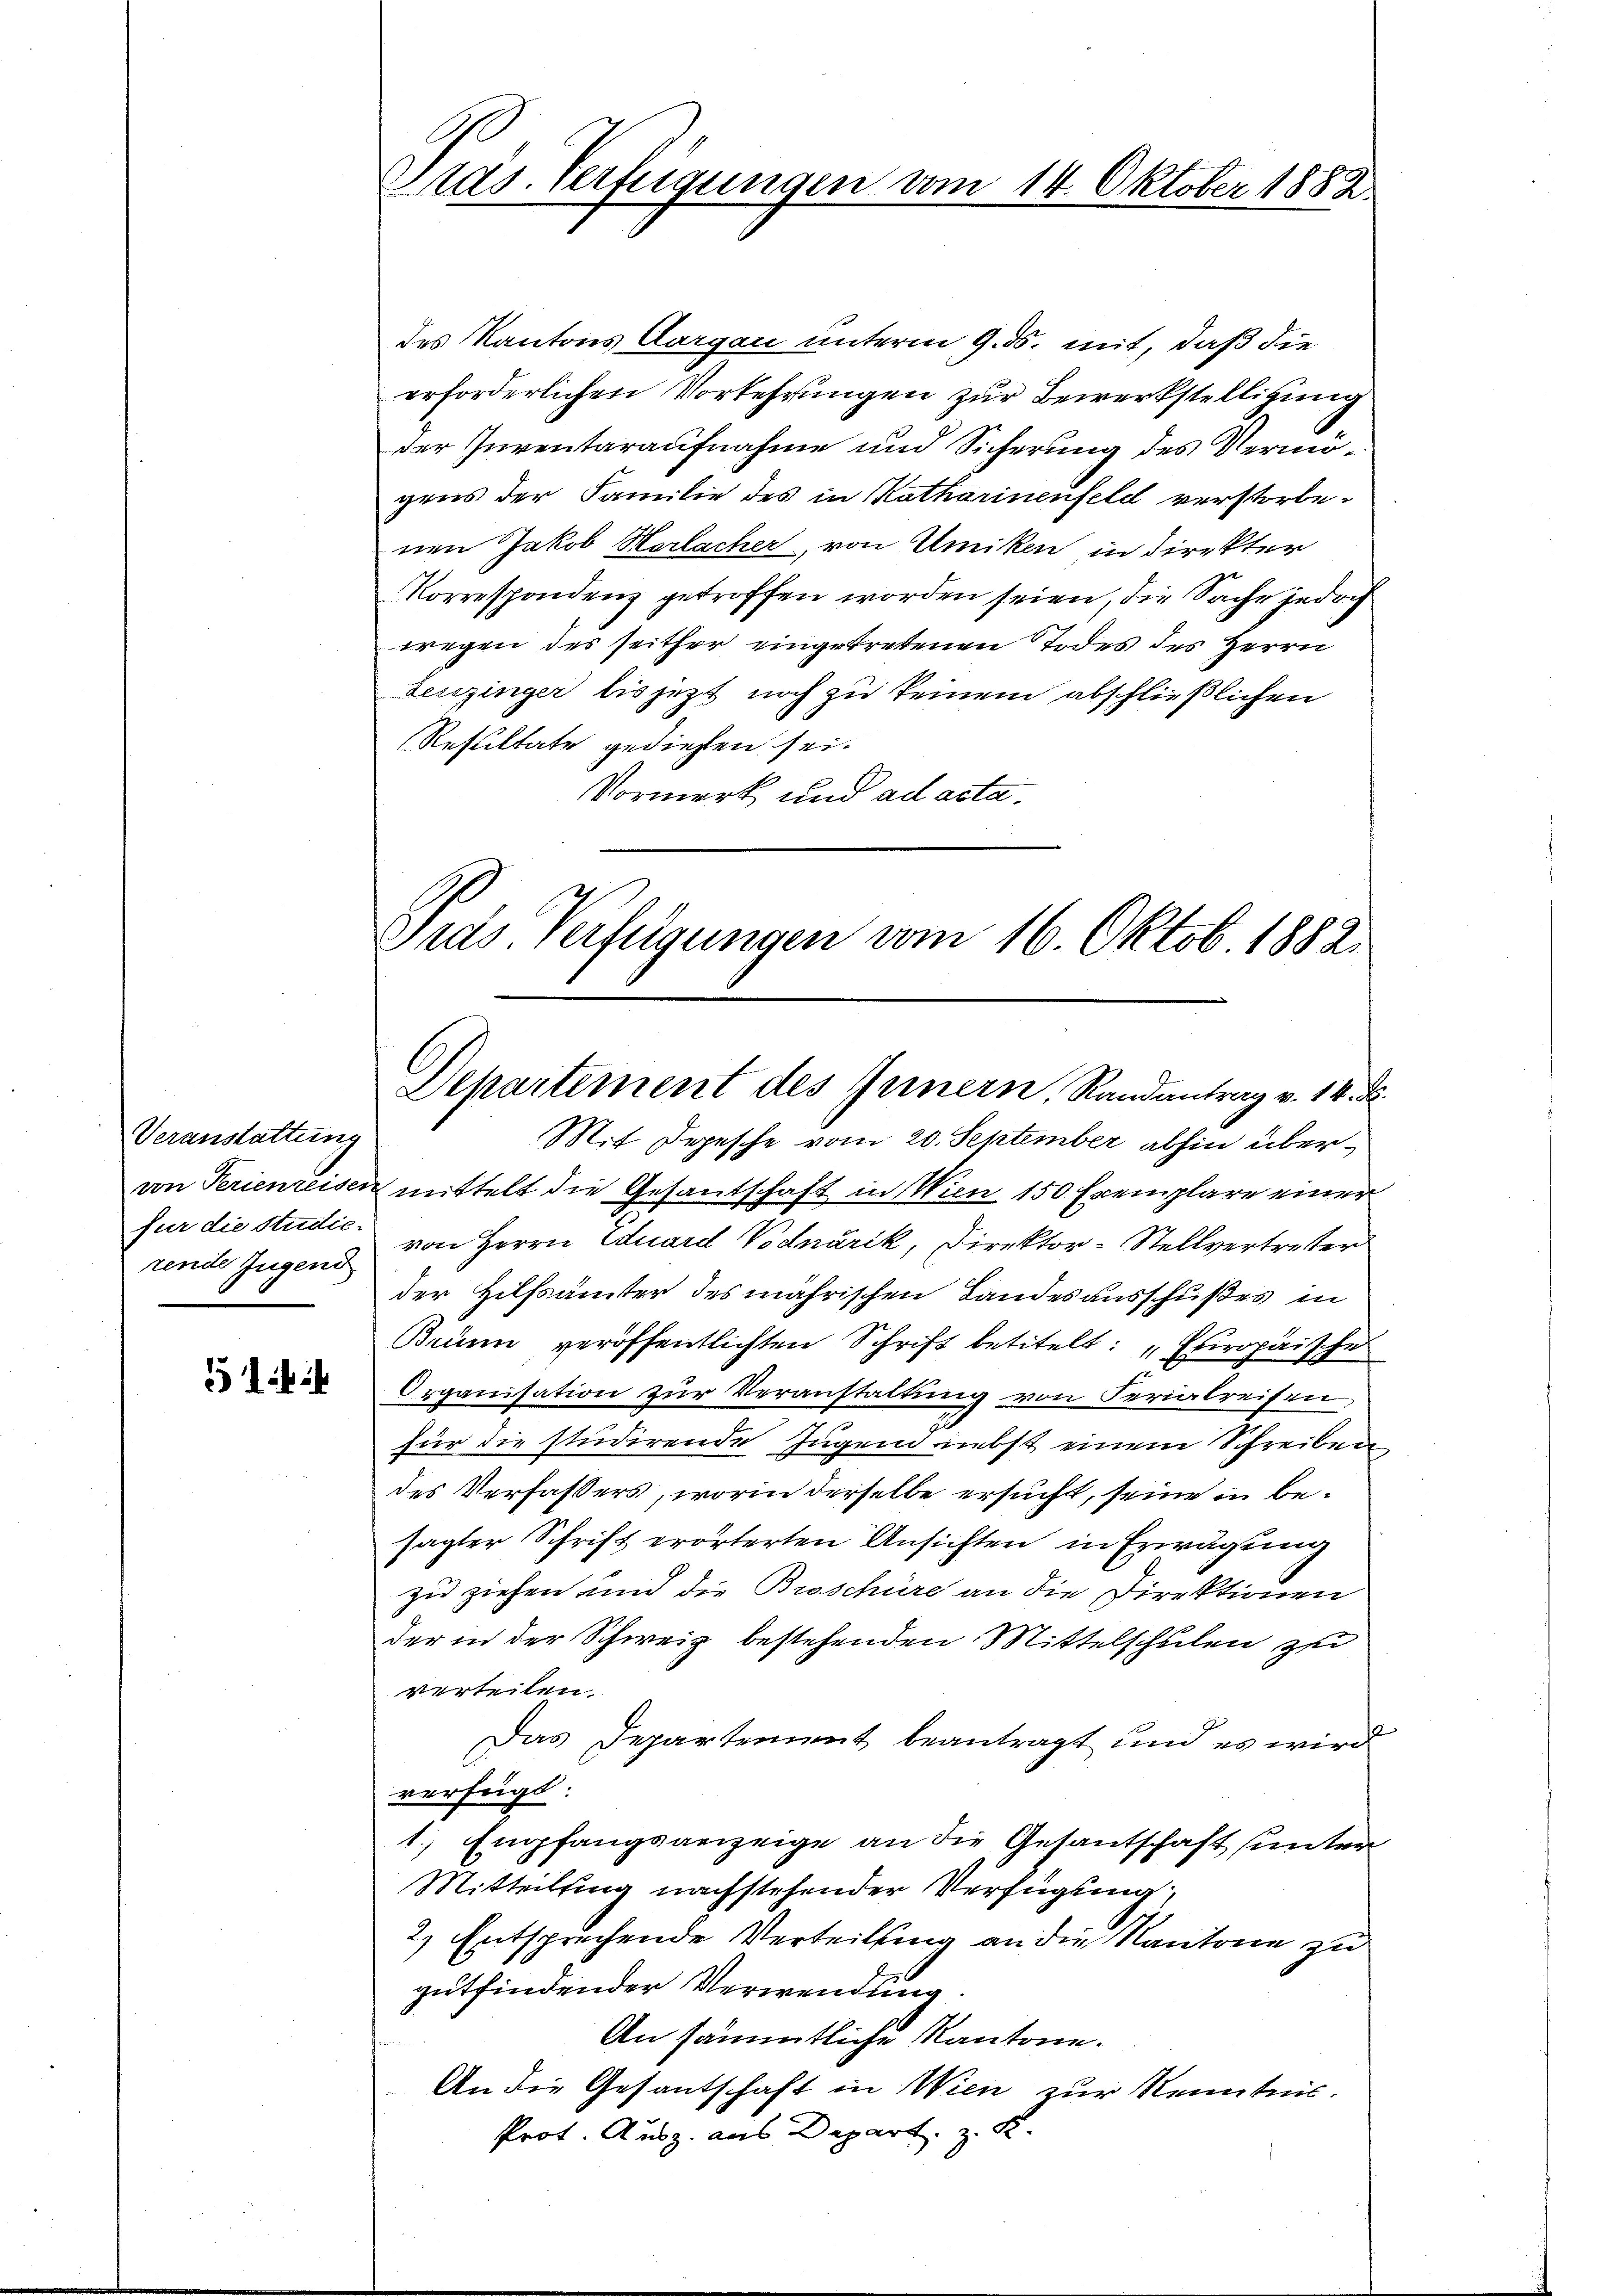
Veranstattung
für die Studie.
rende Jugend

5

Präs. Verfügungen vom 14. Oktober 1882

des Kantons Aargau unterm 9. ds. mit, daß die
erforderlichen Vorkehrungen zur Bewerkstelligung
der Juventaraufnahme und Sicherung des Vermögens der Familie des in Katharinenfeld verstorbenen Jakob Harlacher, von Umiken in direkter
Korrespondenz getroffen worden seien, die Sache jedoch
wegen des seither eingetretenen Todes des Herrn
Leuzinger bis jezt noch zu keinem abschließlichen
Resultate gediesen sei.
Vormerk und ad acta.
Dias Verfügungen vom 16. Oktob. 1882.

Departement des Innern, Randantrag v. 14. d.

Mit Depesche vom 20. September abhin übervon Perienreisen mittelt die Gesantschaft in Wien 150 Exemplare einer
von Herrn Eduard Vodnárik, Direktor-Stellvertreter
der Hilfsämter des mährischen Landesausschußes in
Brünn veröffentlichten Schrift betitelt: „Europäische
Organisation zur Veranstaltung von Ferialreisen
für die studirende Jugendriebst einem Schreiben
des Verfaßers, worin derselbe ersucht, seine in besagter Schrift erörterten Ansichten in Erwägung
zu ziehen und die Broschüre an die Direktionen
der in der Schweiz bestehenden Mittelschulen zu
verteilen.
Das Departement beantragt und es wird
verfügt:
1. Empfangsanzeige an die Gesantschaft unter
Mitteilung nachstehender Verfügung
2.) Entsprechende Verteilung an die Kantone zu
gutfindender Verwendung.
An sämmtliche Kantone.
An die Gesantschaft in Wien zur Kenntnis.
Prot. Ausz. aus Depart z. K.